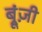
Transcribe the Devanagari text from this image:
ब्रूंज़ी